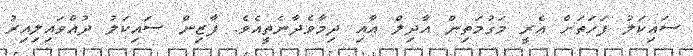
ސައިކަލު ފަހަތަށް އެރީ މަގުމަތިން އާދިލް އާއި ދިމާވެދާނެތީއެވެ. ފާޒިން ސައިކަލު ދުއްވައިލިއިރު